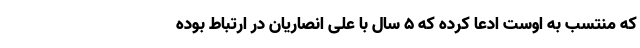
که منتسب به اوست ادعا کرده که ۵ سال با علی انصاریان در ارتباط بوده